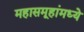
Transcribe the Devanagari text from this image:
महासमूहांमध्ये